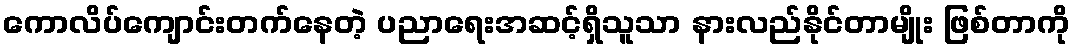
ကောလိပ်ကျောင်းတက်နေတဲ့ ပညာရေးအဆင့်ရှိသူသာ နားလည်နိုင်တာမျိုး ဖြစ်တာကို